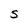
Character: S